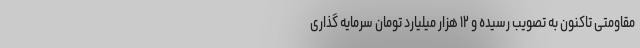
مقاومتی تاکنون به تصویب رسیده و ۱۲ هزار میلیارد تومان سرمایه گذاری